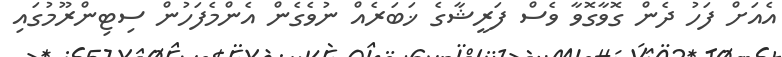
އެއަށް ފަހު ދެން ގޮވާގޮވާ ވެސް ފަރީޝާގެ ޚަބަރެއް ނުވެގެން އެންމެފަހުން ސިޓިންރޫމުގައި